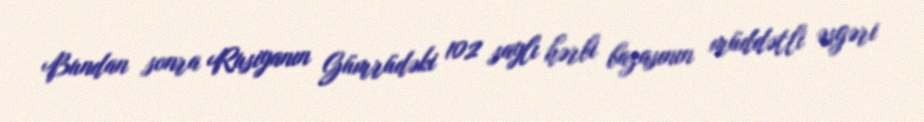
Bundan sonra Rusiyanın Gümrüdəki 102 saylı hərbi bazasının müddətli əsgəri